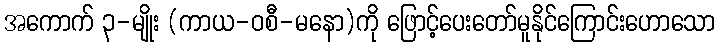
အကောက် ၃-မျိုး (ကာယ-ဝစီ-မနော)ကို ဖြောင့်ပေးတော်မူနိုင်ကြောင်းဟောသော